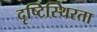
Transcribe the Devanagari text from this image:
दृष्टिस्थिरता